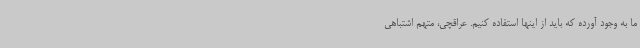
ما به وجود آورده که باید از اینها استفاده کنیم. عراقچی، متهم اشتباهی